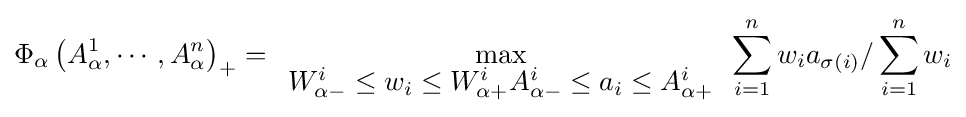
\Phi _{\alpha }\left({A_{\alpha }^{1},\cdots ,A_{\alpha }^{n}}\right)_{+}=\max \limits _{\begin{array}{l}W_{\alpha -}^{i}\leq w_{i}\leq W_{\alpha +}^{i}A_{\alpha -}^{i}\leq a_{i}\leq A_{\alpha +}^{i}\end{array}}\sum \limits _{i=1}^{n}{w_{i}a_{\sigma (i)}/\sum \limits _{i=1}^{n}{w_{i}}}